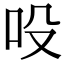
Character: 吺